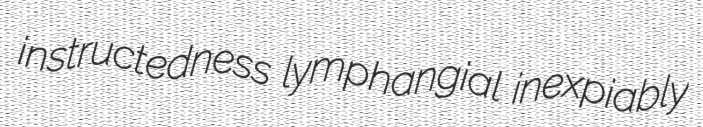
instructedness lymphangial inexpiably